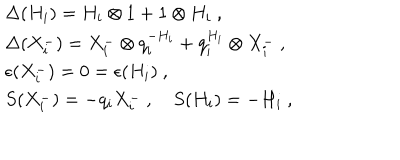
LaTeX: \begin{array} { l } { { \Delta ( H _ { i } ) = H _ { i } \otimes 1 + 1 \otimes H _ { i } ~ , } } \\ { { \Delta ( X _ { i } ^ { - } ) = X _ { i } ^ { - } \otimes q _ { i } ^ { - H _ { i } } + q _ { i } ^ { H _ { i } } \otimes X _ { i } ^ { - } ~ , } } \\ { { \epsilon ( X _ { i } ^ { - } ) = 0 = \epsilon ( H _ { i } ) ~ , } } \\ { { S ( X _ { i } ^ { - } ) = - q _ { i } X _ { i } ^ { - } ~ , ~ S ( H _ { i } ) = - H _ { i } ~ , } } \\ \end{array}